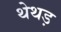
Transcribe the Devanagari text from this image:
थेथड़